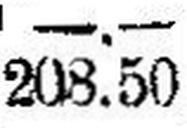
208.50